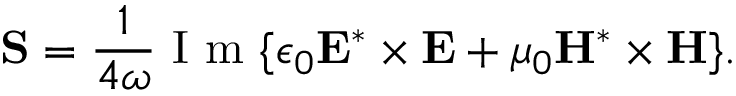
\mathbf { S } = \frac { 1 } { 4 \omega } \textrm { I m } \{ \epsilon _ { 0 } \mathbf { E ^ { * } \times E } + \mu _ { 0 } \mathbf { H ^ { * } \times H } \} .